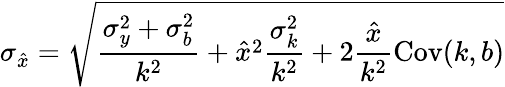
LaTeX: \sigma_{\hat{x}}=\sqrt{\frac{\sigma_{y}^{2}+\sigma_{b}^{2}}{k^{2}}+\hat{x}^{2}\frac{\sigma_{k}^{2}}{k^{2}}+2\frac{\hat{x}}{k^{2}}\mathrm{Cov}(k,b)}